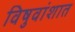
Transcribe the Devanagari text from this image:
विषुवांशात